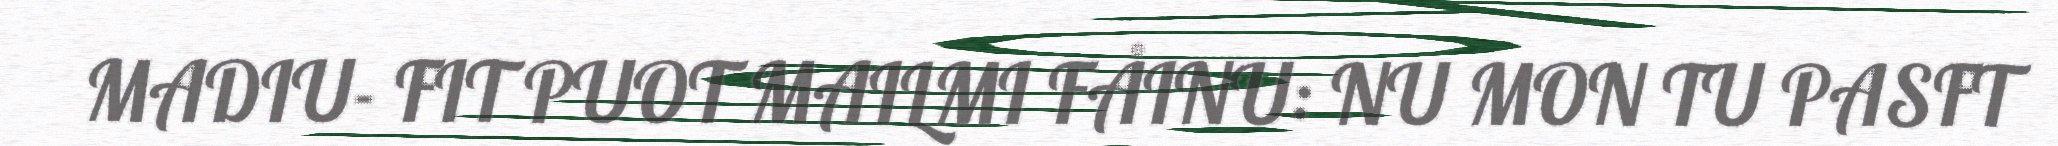
MADIU- FIT PUOT MAILMI FÅINU: NU MON TU PASFT